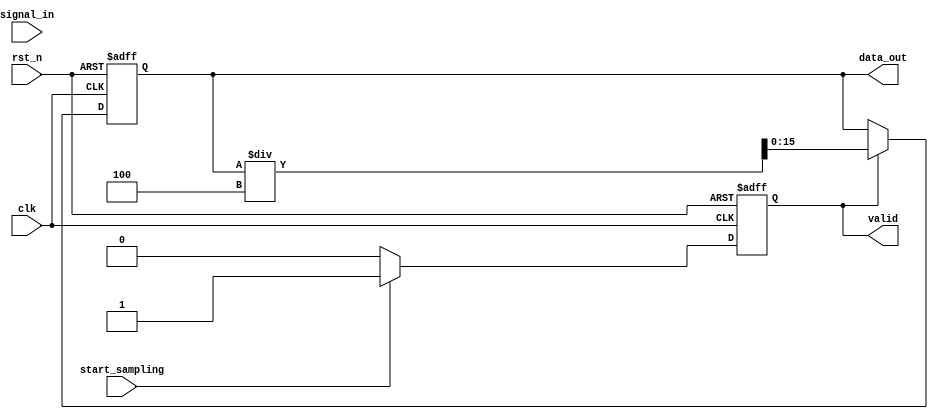
module TDC #(
    parameter N_CHANNELS = 4,                // Number of sampling channels
    parameter DATA_WIDTH = 16,                // Width of the output data
    parameter TIME_CODE_WIDTH = 32,           // Width of the time code
    parameter MEMORY_DEPTH = 256               // Depth of memory blocks
)(
    input wire clk,                            // System clock
    input wire rst_n,                          // Active low reset
    input wire [N_CHANNELS-1:0] signal_in,    // Input signals for each channel
    input wire start_sampling,                 // Signal to start sampling
    output reg [DATA_WIDTH-1:0] data_out,     // Output data
    output reg valid                             // Output data valid signal
);

    // Memory blocks for each channel (FIFO buffers)
    reg [TIME_CODE_WIDTH-1:0] time_code [0:N_CHANNELS-1][0:MEMORY_DEPTH-1];
    reg [DATA_WIDTH-1:0] sample_data [0:N_CHANNELS-1][0:MEMORY_DEPTH-1];
    reg [7:0] write_ptr [0:N_CHANNELS-1];      // Write pointers for each channel
    reg [7:0] read_ptr [0:N_CHANNELS-1];       // Read pointers for each channel
    reg [N_CHANNELS-1:0] sampling_active;      // Indicates which channels are active for sampling

    // Time code generation (simple counter for illustration)
    reg [TIME_CODE_WIDTH-1:0] time_counter;
    always @(posedge clk or negedge rst_n) begin
        if (!rst_n) begin
            time_counter <= 0;
        end else if (start_sampling) begin
            time_counter <= time_counter + 1;
        end
    end

    // Sampling and storing data in memory blocks
    integer i;
    always @(posedge clk or negedge rst_n) begin
        if (!rst_n) begin
            for (i = 0; i < N_CHANNELS; i = i + 1) begin
                write_ptr[i] <= 0;
            end
            valid <= 0;
        end else if (start_sampling) begin
            for (i = 0; i < N_CHANNELS; i = i + 1) begin
                if (sampling_active[i]) begin
                    // Store time code and sample data
                    time_code[i][write_ptr[i]] <= time_counter;
                    sample_data[i][write_ptr[i]] <= signal_in[i]; // Sample input signal
                    write_ptr[i] <= (write_ptr[i] + 1) % MEMORY_DEPTH; // Circular buffer
                end
            end
            valid <= 1; // Indicate data is valid
        end else begin
            valid <= 0; // Data not valid when not sampling
        end
    end

    // Data aggregation and output formatting
    always @(posedge clk or negedge rst_n) begin
        if (!rst_n) begin
            data_out <= 0;
        end else if (valid) begin
            // Example: Aggregate the data from all channels (simple averaging)
            data_out <= 0;
            for (i = 0; i < N_CHANNELS; i = i + 1) begin
                data_out <= data_out + sample_data[i][read_ptr[i]];
            end
            data_out <= data_out / N_CHANNELS; // Average of samples
        end
    end

    // Read pointer management (for simplicity, reading from the first channel)
    always @(posedge clk or negedge rst_n) begin
        if (!rst_n) begin
            read_ptr[0] <= 0;
        end else if (valid) begin
            read_ptr[0] <= (read_ptr[0] + 1) % MEMORY_DEPTH; // Circular read
        end
    end

    // Control logic to manage sampling activation (for illustration)
    always @(posedge clk or negedge rst_n) begin
        if (!rst_n) begin
            sampling_active <= 0;
        end else begin
            // Example control logic to activate channels
            sampling_active <= {N_CHANNELS{1'b1}}; // Activate all channels for sampling
        end
    end

endmodule